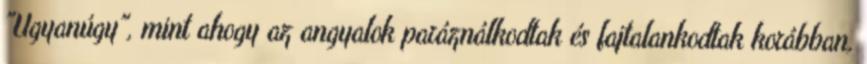
"Ugyanúgy", mint ahogy az angyalok paráználkodtak és fajtalankodtak korábban,